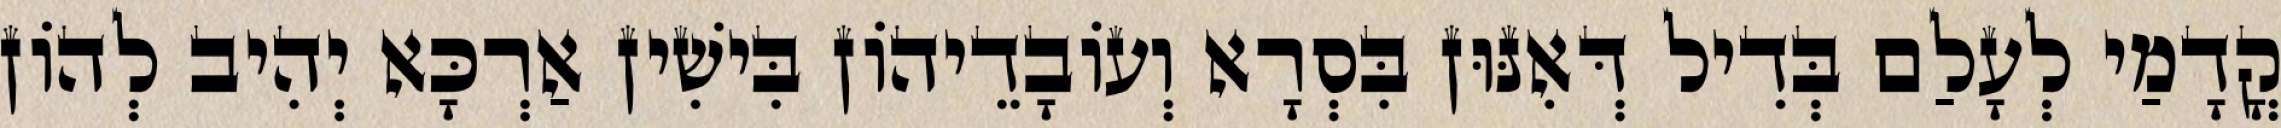
קֳדָמַי לְעָלַם בְּדִיל דְּאִנּוּן בִּסְרָא וְעוֹבָדֵיהוֹן בִּישִׁין אַרְכָּא יְהִיב לְהוֹן